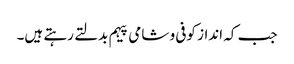
جب کہ انداز کوفی و شامی پیہم بدلتے رہتے ہیں۔